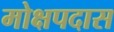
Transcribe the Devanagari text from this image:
मोक्षपदास